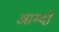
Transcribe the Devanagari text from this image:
आम्दो